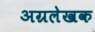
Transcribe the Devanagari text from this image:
अग्रलेखक